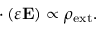
{ \bf \nabla } \cdot ( \varepsilon { \bf E } ) \propto \rho _ { \mathrm { e x t } } .